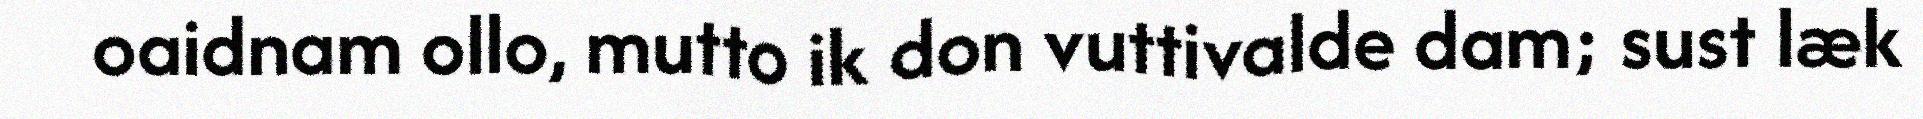
oaidnam ollo, mutto ik don vuttivalde dam; sust læk